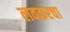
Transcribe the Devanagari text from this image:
लवकरचा